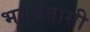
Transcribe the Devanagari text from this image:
भगवंतासी